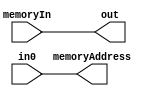

module L_ALU_13 (in0, out, memoryAddress, memoryIn);

// Handles RTV
// Control bits: None
// Immediate bits: None
	
	input [15:0] in0;
	input [15:0] memoryIn;
	
	output reg [15:0] out;
	output reg [15:0] memoryAddress;
	
	always @(*) begin
		memoryAddress = in0; // Set memory address to the value in register A
		out = memoryIn;      // Store the data read from memory into the output register
	end
	
	// Needs to be verified once, unsure of mappings
	
endmodule